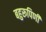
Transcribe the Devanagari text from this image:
बहुरूपिणी